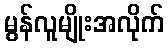
မွန်လူမျိုးအလိုက်